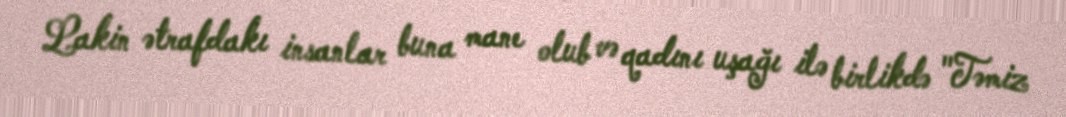
Lakin ətrafdakı insanlar buna mane olub və qadını uşağı ilə birlikdə "Təmiz